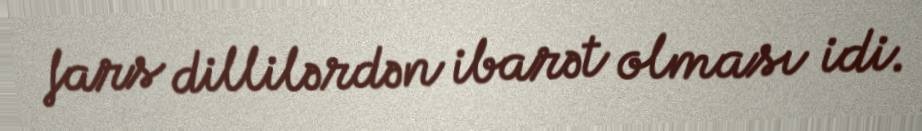
fars dillilərdən ibarət olması idi.